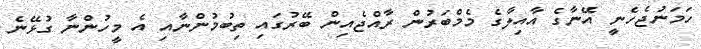
ހަމަނުޖެހެނީ އޭނާގެ އާއިލާގެ މެމްބަރުން ރާއްޖެއިން ބޭރުގައި ތިބުމުންނާއި އެ މީހުންނާ ގުޅޭނެ